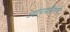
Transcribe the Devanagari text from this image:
ध्यानमंदिराचे